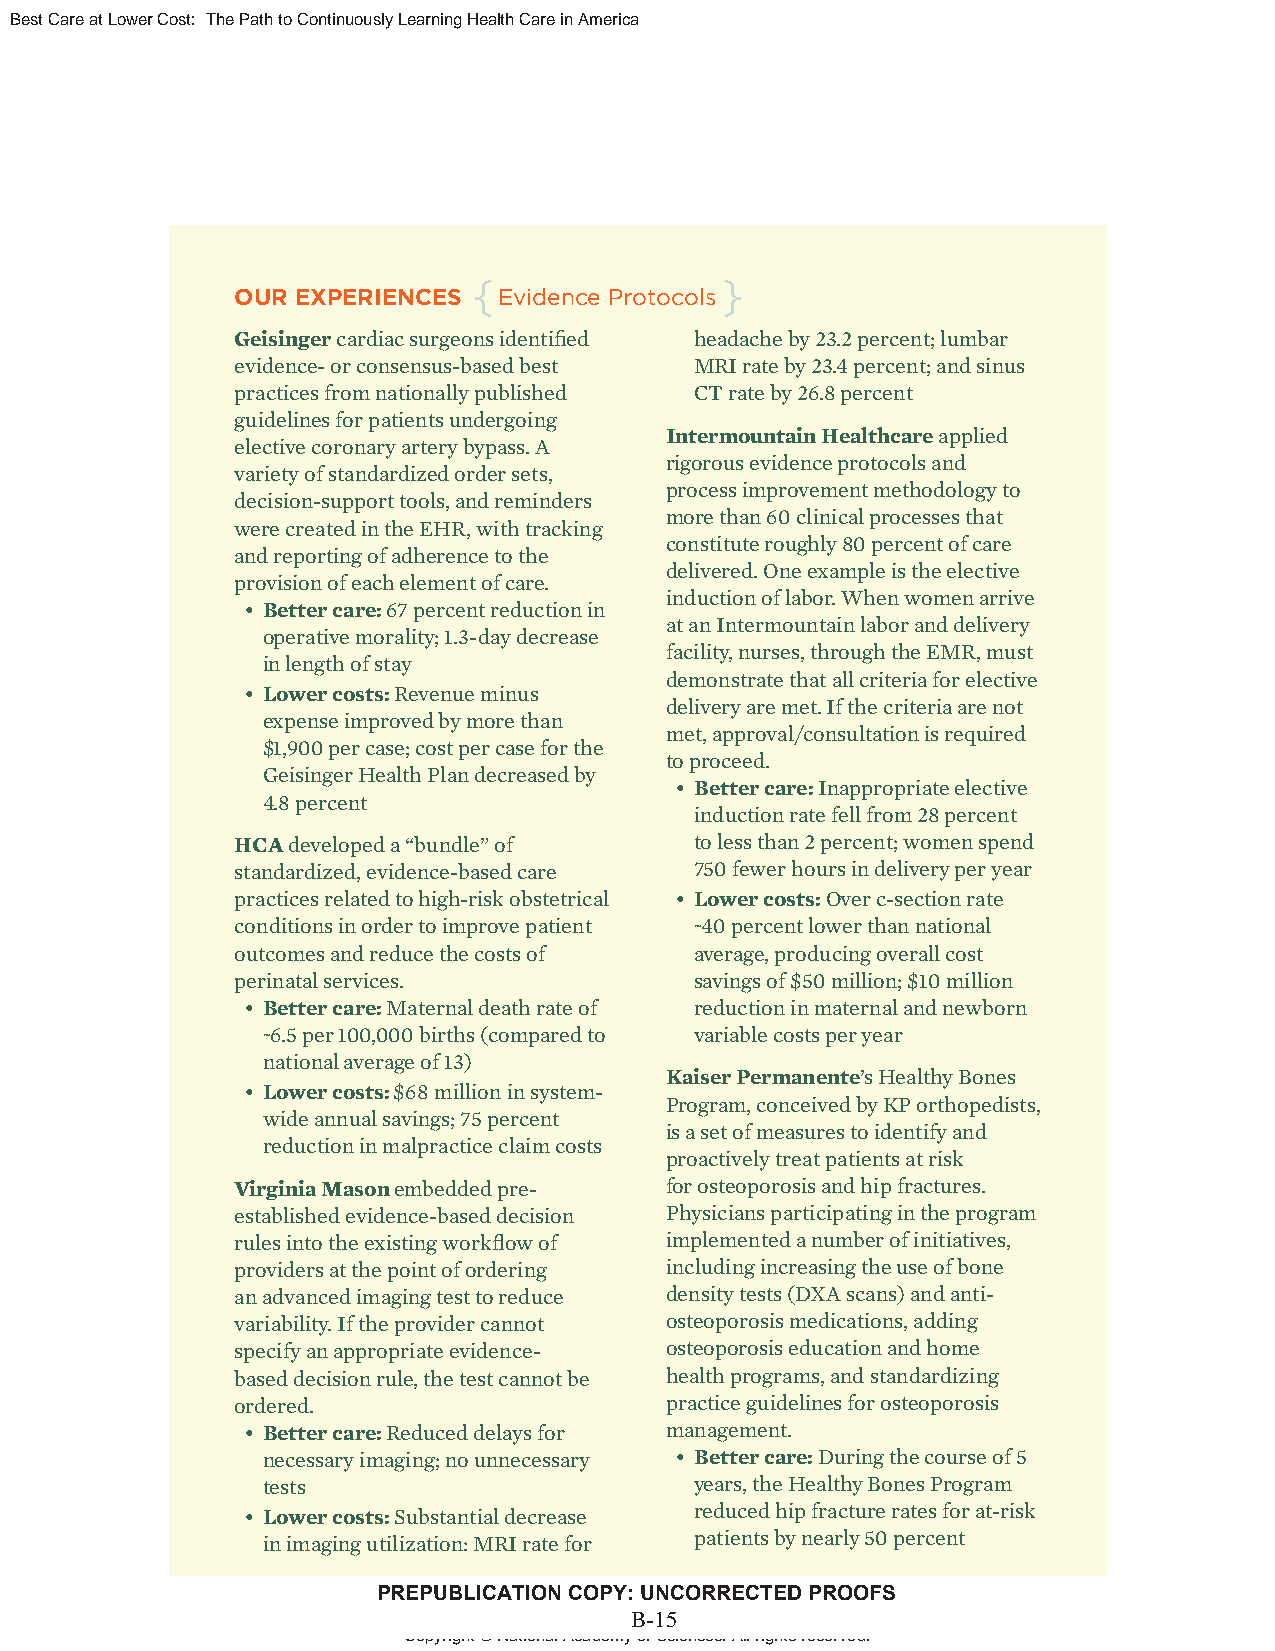
Best Care at Lower Cost: The Path to Continuously Learning Health Care in America
 {                }
 OUR EXPERIENCES  Evidence Protocols
 Geisinger cardiac surgeons identifi ed headache by 23.2 percent; lumbar
 evidence- or consensus-based best MRI rate by 23.4 percent; and sinus
 practices from nationally published CT rate by 26.8 percent
 guidelines for patients undergoing
 Intermountain Healthcare applied
 elective coronary artery bypass. A
 rigorous evidence protocols and
 variety of standardized order sets,
 process improvement methodology to
 decision-support tools, and reminders
 more than 60 clinical processes that
 were created in the EHR, with tracking
 constitute roughly 80 percent of care
 and reporting of adherence to the
 delivered. One example is the elective
 provision of each element of care.
 induction of labor. When women arrive
 • Better care: 67 percent reduction in
 at an Intermountain labor and delivery
 operative morality; 1.3-day decrease
 facility, nurses, through the EMR, must
 in length of stay
 demonstrate that all criteria for elective
 • Lower costs: Revenue minus
 delivery are met. If the criteria are not
 expense improved by more than
 met, approval/consultation is required
 $1,900 per case; cost per case for the
 to proceed.
 Geisinger Health Plan decreased by
 • Better care: Inappropriate elective
 4.8 percent
 induction rate fell from 28 percent
 HCA developed a “bundle” of   to less than 2 percent; women spend
 standardized, evidence-based care 750 fewer hours in delivery per year
 practices related to high-risk obstetrical • Lower costs: Over c-section rate
 conditions in order to improve patient ~40 percent lower than national
 outcomes and reduce the costs of average, producing overall cost
 perinatal services.           savings of $50 million; $10 million
 • Better care: Maternal death rate of reduction in maternal and newborn
 ~6.5 per 100,000 births (compared to variable costs per year
 national average of 13)
 Kaiser Permanente’s Healthy Bones
 • Lower costs: $68 million in system-
 Program, conceived by KP orthopedists,
 wide annual savings; 75 percent
 is a set of measures to identify and
 reduction in malpractice claim costs
 proactively treat patients at risk
 Virginia Mason embedded pre- for osteoporosis and hip fractures.
 established evidence-based decision Physicians participating in the program
 rules into the existing workfl ow of implemented a number of initiatives,
 providers at the point of ordering including increasing the use of bone
 an advanced imaging test to reduce density tests (DXA scans) and anti-
 variability. If the provider cannot osteoporosis medications, adding
 specify an appropriate evidence- osteoporosis education and home
 based decision rule, the test cannot be health programs, and standardizing
 ordered.                    practice guidelines for osteoporosis
 • Better care: Reduced delays for management.
 necessary imaging; no unnecessary • Better care: During the course of 5
 tests                        years, the Healthy Bones Program
 • Lower costs: Substantial decrease reduced hip fracture rates for at-risk
 in imaging utilization: MRI rate for patients by nearly 50 percent
 PREPUBLICATION COPY: UNCORRECTED PROOFS
 13
 B-15
 Copyright © National Academy of Sciences. All rights reserved.